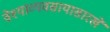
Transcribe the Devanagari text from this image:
वेश्याव्यवसायासारखे